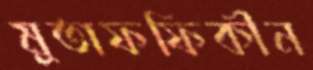
মুতাফফিকীন